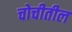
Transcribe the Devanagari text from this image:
चोचीतील